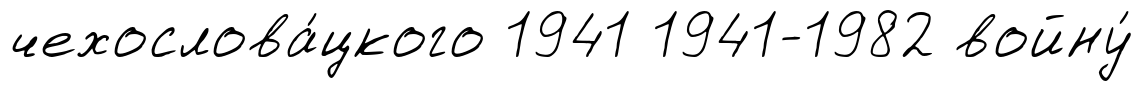
чехослова́цкого 1941 1941-1982 войну́